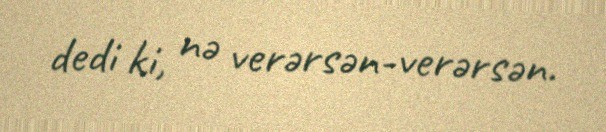
dedi ki, nə verərsən-verərsən.